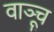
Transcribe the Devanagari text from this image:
वाञ्चू